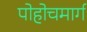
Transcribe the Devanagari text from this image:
पोहोचमार्ग